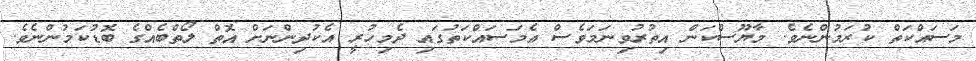
މަސައްކަތް ކުރަމުންނެވެ. މާޔޫސްކަން އިތުރުވިނަމަވެސް އެމަސައްކަތުގައި ދެމިހުރީ އެކުދިންނަށް އޮތް ލޯތްބެއްގެ ބޮޑުކަމުންނެވެ.